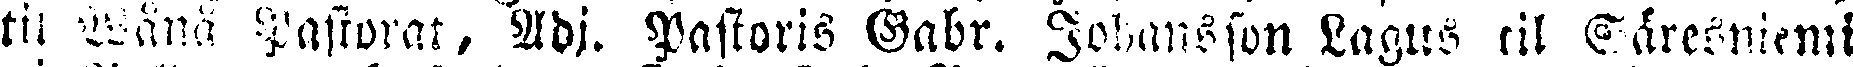
tii Wänä pastorat, Adj. Pastoris Gabr. Johansson Lagus lil Säresniemi